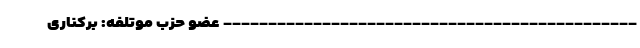
---------------------------------------------- عضو حزب موتلفه: برکناری